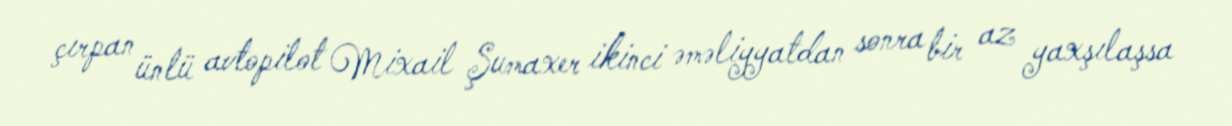
çırpan ünlü avtopilot Mixail Şumaxer ikinci əməliyyatdan sonra bir az yaxşılaşsa